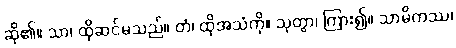
ဆို၏။ သာ၊ ထိုဆင်မသည်။ တံ၊ ထိုအသံကို။ သုတွာ၊ ကြား၍။ သာမိကဿ၊